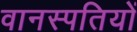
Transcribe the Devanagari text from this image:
वानस्पतियों